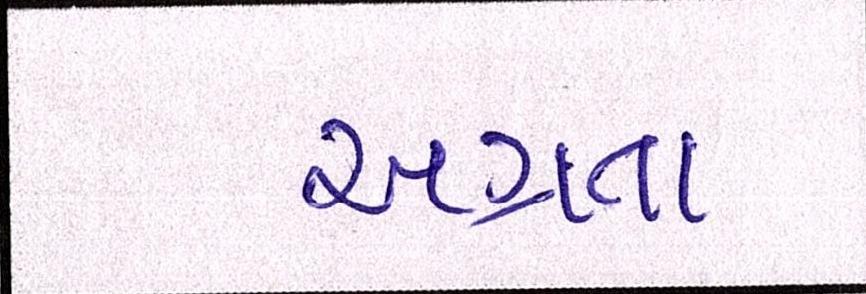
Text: અગ્રતા